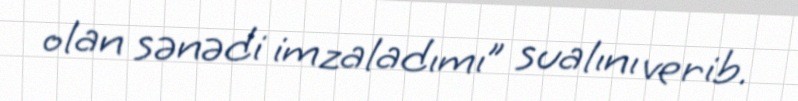
olan sənədi imzaladımı” sualını verib.